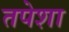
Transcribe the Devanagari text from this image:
तपेशा